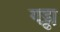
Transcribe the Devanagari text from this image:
गड्ढा़